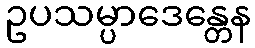
ဥပသမ္ပာဒေန္တေန